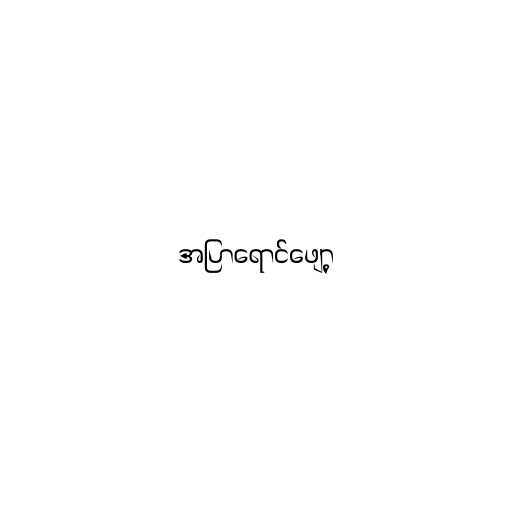
အပြာရောင်ဖျော့